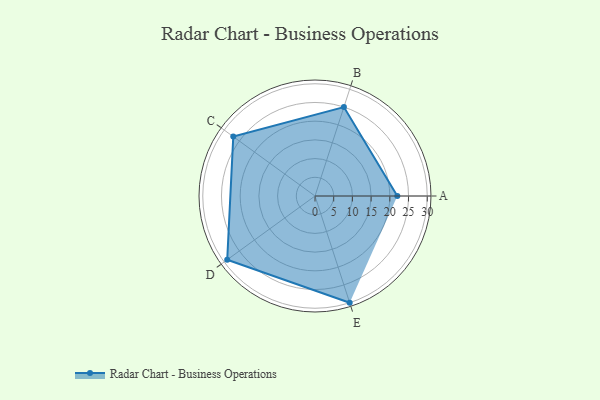
{"axis": {"x": "Skill", "y": "Score"}, "legend": ["Profile"], "data": [{"x": "A", "y": 22.0, "type": "Profile"}, {"x": "B", "y": 25.0, "type": "Profile"}, {"x": "C", "y": 27.0, "type": "Profile"}, {"x": "D", "y": 29.0, "type": "Profile"}, {"x": "E", "y": 30.0, "type": "Profile"}]}